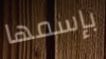
بإسمها